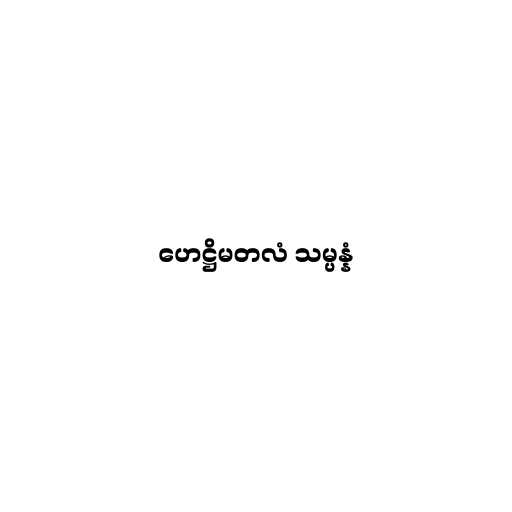
ဟေဋ္ဌိမတလံ သမ္ပန္နံ